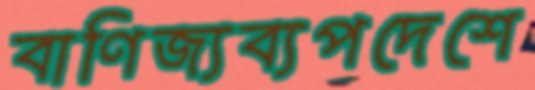
বাণিজ্যব্যপদেশে